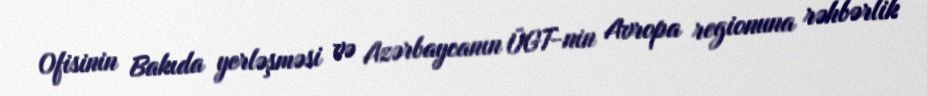
Ofisinin Bakıda yerləşməsi və Azərbaycanın ÜGT-nin Avropa regionuna rəhbərlik